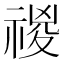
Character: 𥚾